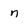
Character: n